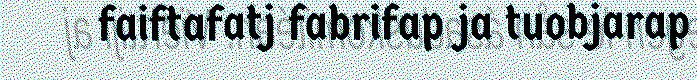
faiftafatj fabrifap ja tuobjarap